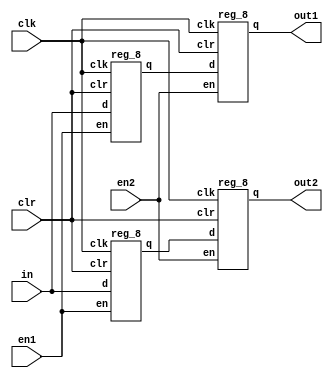
module top(clr,en1,en2,clk,in,out1,out2);
    input clr, en1, en2, clk;
    input [7:0] in;
    output [7:0] out1, out2;
    wire [7:0] out1, out2;
    wire [7:0] sgn1, sgn2;
    reg_8 reg1(clr,en1,clk,in,sgn1);
    reg_8 reg2(clr,en2,clk,sgn1,out1);
    reg_8 reg3(clr,en1,clk,in,sgn2);
    reg_8 reg4(clr,en2,clk,sgn2,out2);
endmodule
module reg_8(clr,en,clk,d,q);
    parameter clr_val = 8'b0;
    input clr,en,clk;
    input [7:0] d;
    output [7:0] q;
    reg [7:0] q;
    always @(posedge clk) begin
        if(clr)
        q <= clr_val;
        else if(en)
        q <= d;
    end
endmodule